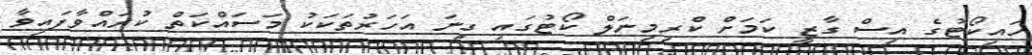
ހައިކޯޓުގެ އިސް ގާޒީ ކަމަށް ކްރިމިނަލް ކޯޓުގައި ގިނަ އަހަރުތަކަކު މަސައްކަތް ކުރައްވާފައިވާ